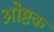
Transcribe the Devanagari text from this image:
ओष्टक